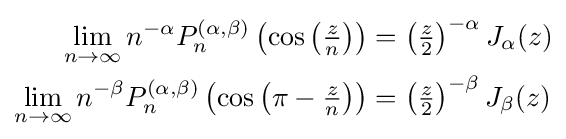
{\begin{aligned}\lim _{n\to \infty }n^{-\alpha }P_{n}^{(\alpha ,\beta )}\left(\cos \left({\tfrac {z}{n}}\right)\right)&=\left({\tfrac {z}{2}}\right)^{-\alpha }J_{\alpha }(z)\\\lim _{n\to \infty }n^{-\beta }P_{n}^{(\alpha ,\beta )}\left(\cos \left(\pi -{\tfrac {z}{n}}\right)\right)&=\left({\tfrac {z}{2}}\right)^{-\beta }J_{\beta }(z)\end{aligned}}